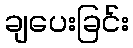
ချပေးခြင်း